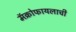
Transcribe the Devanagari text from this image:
मॅक्रोफायलाची